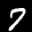
Label: 7